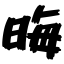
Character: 晦